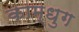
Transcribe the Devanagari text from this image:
काम्धुग